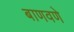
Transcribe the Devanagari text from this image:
बाणवणे